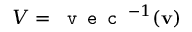
V = \texttt { v e c } ^ { - 1 } ( \mathbf { v } )